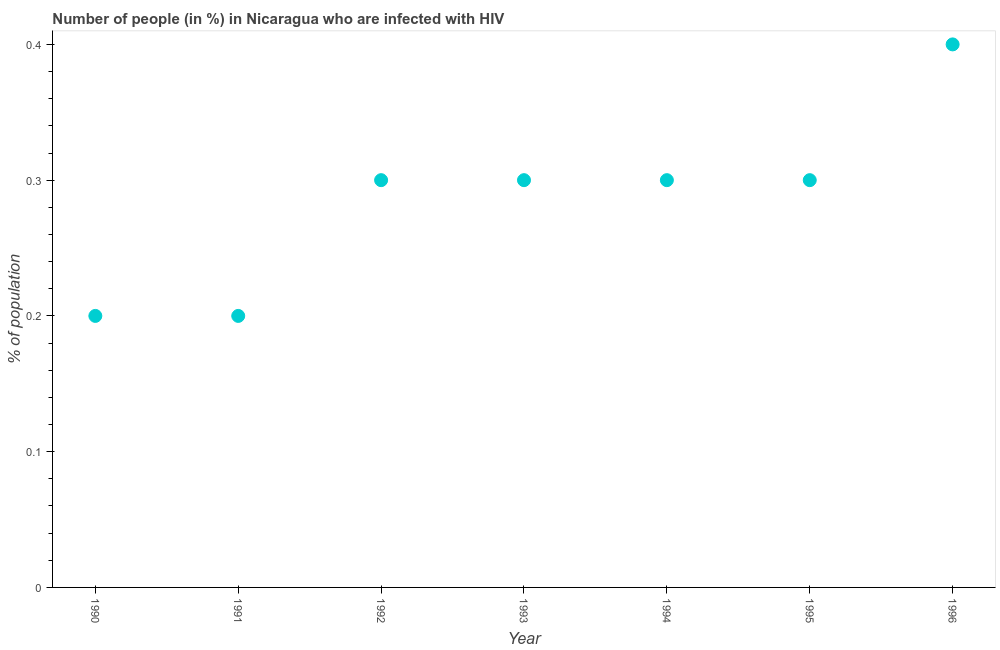
| Year | Infected with HIV |
 | --- | --- |
 | 1990 | 0.2 |
 | 1991 | 0.2 |
 | 1992 | 0.3 |
 | 1993 | 0.3 |
 | 1994 | 0.3 |
 | 1995 | 0.3 |
 | 1996 | 0.4 |